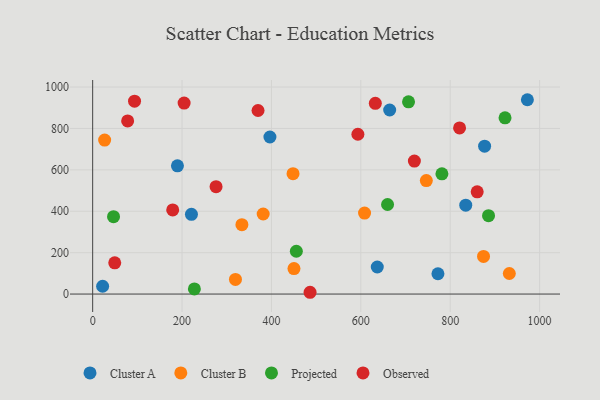
{"axis": {"x": "Investment", "y": "Sales"}, "legend": ["Cluster A", "Cluster B", "Observed", "Projected"], "data": [{"x": "221.0", "y": 385.2, "type": "Cluster A"}, {"x": "876.9", "y": 714.4, "type": "Cluster A"}, {"x": "772.5", "y": 98.1, "type": "Cluster A"}, {"x": "189.7", "y": 619.5, "type": "Cluster A"}, {"x": "22.3", "y": 37.8, "type": "Cluster A"}, {"x": "834.7", "y": 429.4, "type": "Cluster A"}, {"x": "972.6", "y": 938.8, "type": "Cluster A"}, {"x": "396.6", "y": 758.7, "type": "Cluster A"}, {"x": "664.5", "y": 889.1, "type": "Cluster A"}, {"x": "636.8", "y": 130.7, "type": "Cluster A"}, {"x": "746.5", "y": 548.4, "type": "Cluster B"}, {"x": "932.2", "y": 99.3, "type": "Cluster B"}, {"x": "608.3", "y": 391.4, "type": "Cluster B"}, {"x": "874.5", "y": 181.7, "type": "Cluster B"}, {"x": "381.5", "y": 386.7, "type": "Cluster B"}, {"x": "448.3", "y": 581.4, "type": "Cluster B"}, {"x": "333.9", "y": 335.0, "type": "Cluster B"}, {"x": "450.4", "y": 123.0, "type": "Cluster B"}, {"x": "319.5", "y": 70.9, "type": "Cluster B"}, {"x": "26.8", "y": 744.0, "type": "Cluster B"}, {"x": "227.6", "y": 25.0, "type": "Projected"}, {"x": "922.6", "y": 851.6, "type": "Projected"}, {"x": "659.8", "y": 432.6, "type": "Projected"}, {"x": "781.4", "y": 580.7, "type": "Projected"}, {"x": "706.7", "y": 928.7, "type": "Projected"}, {"x": "455.7", "y": 206.8, "type": "Projected"}, {"x": "885.7", "y": 378.7, "type": "Projected"}, {"x": "46.7", "y": 373.8, "type": "Projected"}, {"x": "179.1", "y": 406.5, "type": "Observed"}, {"x": "93.7", "y": 931.8, "type": "Observed"}, {"x": "860.3", "y": 493.7, "type": "Observed"}, {"x": "78.3", "y": 836.6, "type": "Observed"}, {"x": "632.4", "y": 921.5, "type": "Observed"}, {"x": "49.4", "y": 151.0, "type": "Observed"}, {"x": "719.8", "y": 642.4, "type": "Observed"}, {"x": "204.6", "y": 922.7, "type": "Observed"}, {"x": "370.0", "y": 886.7, "type": "Observed"}, {"x": "593.4", "y": 772.0, "type": "Observed"}, {"x": "820.9", "y": 802.7, "type": "Observed"}, {"x": "486.4", "y": 8.6, "type": "Observed"}, {"x": "276.1", "y": 518.8, "type": "Observed"}]}